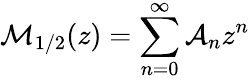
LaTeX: {\cal M}_{1/2}(z)=\sum_{n=0}^{\infty}{\cal A}_{n}z^{n}